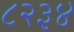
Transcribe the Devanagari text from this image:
८२३४